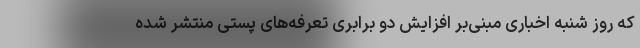
که روز شنبه اخباری مبنی‌بر افزایش دو برابری تعرفه‌های پستی منتشر شده